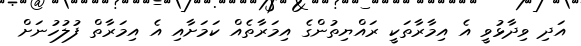
އަދި ވިދާޅުވީ އެ އިމާރާތަކީ ރައްޔިތުންގެ އިމަރާތެއް ކަމަށާއި އެ އިމަރާތް ފުލުހުނަށް